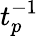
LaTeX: t_{p}^{-1}